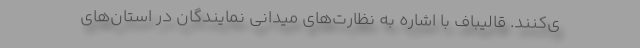
ی‌کنند. قالیباف با اشاره به نظارت‌های میدانی نمایندگان در استان‌های